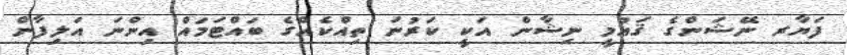
ފަޔާރ ނޭޝަންގެ ޤައުމީ ނިޝާން އަކީ ކަރުނަ ތިއްކެއްގެ ބައްޓަމައް އިންނަ އަލިފާން